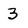
Character: 3